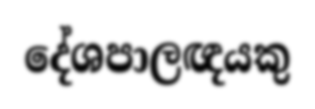
දේශපාලඥයකු